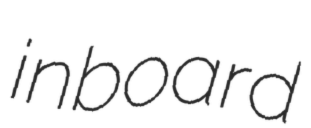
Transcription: inboard